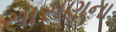
સાસણના